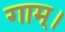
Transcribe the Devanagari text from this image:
गाम्।